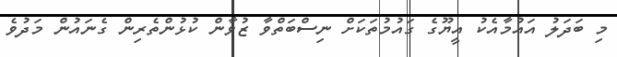
މި ބަދަލު އައުމާއެކު އީޔޫގެ ގައުމުތަކަށް ނިސްބަތްވާ ޒުވާން ކުޅުންތެރިން ގެނައުން މަދުވެ